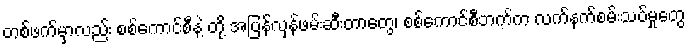
တစ်ဖက်မှာလည်း စစ်ကောင်စီနဲ့ တို့ အပြန်လှန်ဖမ်းဆီးတာတွေ၊ စစ်ကောင်စီဘက်က လက်နက်စမ်းသပ်မှုတွေ